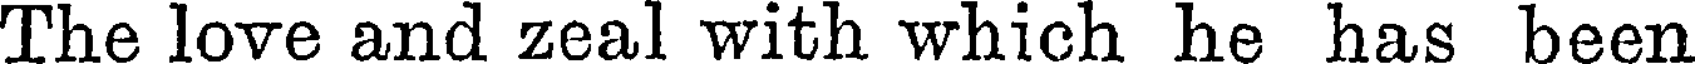
The love and zeal with which he has been